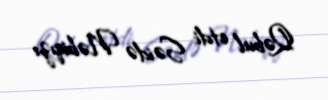
Qəbul etdi: Səidə Nəbiqızı